Leaving Certificate Examination, 1918, 1918
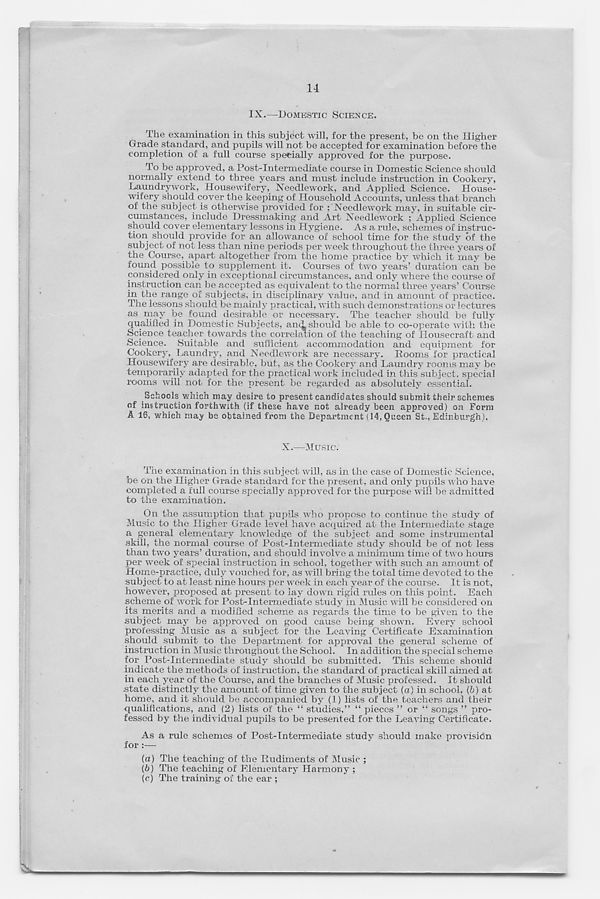
1-1
IX.—DOMESTIC SCIENCE.
The examination in this subject will, for the present, be on the Higher
Grade standard, and pupils will not be accepted for examination before the
completion of a full course specially approved for the purpose.
To be approved, a Post-Intermediate course in Domestic Science should
normally extend to three years and must include instruction in Cookery,
Laundrywork, Housewifery, Needlework, and Applied Science. House-
wifery should cover the keeping of Household Accounts, unless that branch
of the subject is otherwise provided for ;‘Needlework may, in suitable cir-
cumstances, include Dressmaking and Art Needlework ; Applied Science
should cover elementary lessons in Hygiene. As a rule, schemes of instruc-
tion should provide for an allowance of school time for the study of the
subject of not less than nine periods per week throughout the three years of
the Course, apart altogether from the home practice by which it may be
found possible to supplement it. Courses of two years’ duration can be
considered only in exceptional circumstances, and only where the course of
instruction can be accepted as equivalent to the normal three years’ Course
in the range of subjects, in disciplinary value, and in amount of practice.
The lessons should be mainly practical, with such demonstrations or lectures
as may be found desirable or necessary. The teacher should be fully
qualified in Domestic Subjects, anA should be able to co-operate with the
Science teacher towards the correlation of the teaching of Housecraft and
Science. Suitable and sufficient accommodation and equipment for
Cookery, Laundry, and Needlework are necessary. Rooms for practical
Housewifery are desirable, but, as the Cookery and Laundry rooms may be
temporarily adapted for the practical work included in this subject, special
rooms will not for the present be regarded as absolutely essential.
Schools which may desire to present candidates should submit their schemes
of instruction forthwith (if these have not already been approved) on Form
A 16, which may be obtained from the Department (14, Queen St,, Edinburgh).
X.—Music.
The examination in this subject will, as in the case of Domestic Science,
be on the Higher Grade standard for the present, and only pupils who have
completed a full course specially approved for the purpose will be admitted
to the examination.
On the assumption that pupils who propose to continue the study of
Music to the Higher Grade level have acquired at the Intermediate stage
a general elementary knowledge of the subject and some instrumental
skill, the normal course of Post-Intermediate study should be of not less
than two years’ duration, and should involve a minimum time of two hours
per week of special instruction in school, together with such an amount of
Home-practice, duly vouched for, as will bring the total time devoted to the
subject to at least nine hours per week in each year of the course. It is not,
however, proposed at present to lay down rigid rules on this point. Each
scheme of work for Post-Intermediate study in Music will be considered on
its merits and a modified scheme as regards the time to be given to the
subject may be approved on good cause being shown. Every school
professing Music as a subject for the Leaving Certificate Examination
should submit to the Department for approval the general scheme of
instruction in Music throughout the School. In addition the special scheme
for Post-Intermediate study should be submitted. This scheme should
indicate the methods of instruction, the standard of practical skill aimed at
in each year of the Course, and the branches of Music professed. It should
state distinctly the amount of time given to the subject (a) in school, (b) at
home, and it should be accompanied by (1) lists of the teachers and their
qualifications, and (2) lists of the “ studies,” “ pieces ” or “ songs ” pro-
fessed by the individual pupils to be presented for the Leaving Certificate.
As a rule schemes of Post-Intermediate study should make provision
for:—
(а) The teaching of the Rudiments of Music ;
(б) The teaching of Elementary Harmony ;
(c) The training of the ear ;